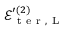
\mathcal { E } _ { \mathrm { ~ t ~ e ~ r ~ } , \mathrm { ~ L ~ } } ^ { \prime { ( 2 ) } }